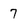
Character: 7